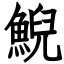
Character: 鯢